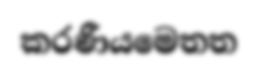
කරණීයමෙතත